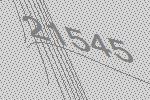
21545